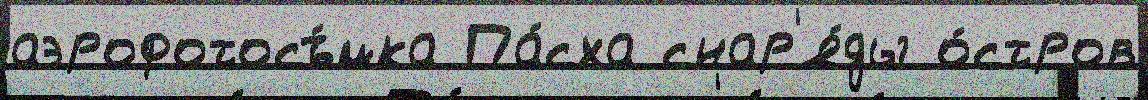
аэрофотосъ́мка Па́сха снар'я́ды о́стров